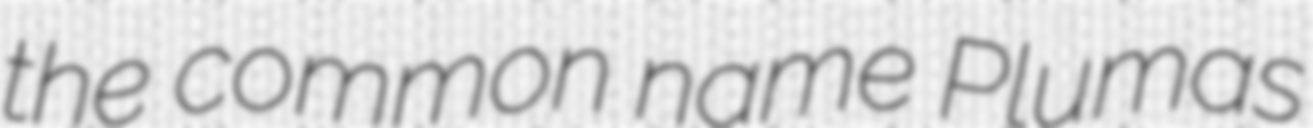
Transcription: the common name Plumas